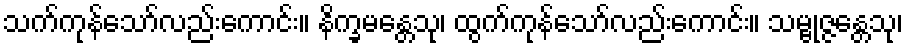
သက်ကုန်သော်လည်းကောင်း။ နိက္ခမန္တေသု၊ ထွက်ကုန်သော်လည်းကောင်း။ သမ္ဗုဇ္ဇန္တေသု၊